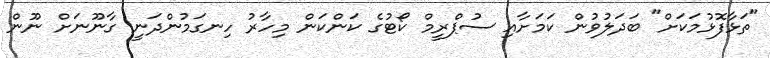
"ތަޅާފޮޅުމަކަށް" ބަދަލުވުން ކަމަށާއި ސުޕްރީމް ކޯޓުގެ ކަންކަން މިހާރު ހިނގަމުންދަނީ ގާނޫނަށް ނޫން